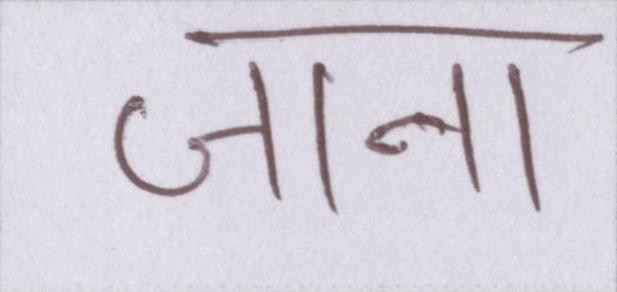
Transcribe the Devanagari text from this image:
जाना